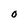
Character: O